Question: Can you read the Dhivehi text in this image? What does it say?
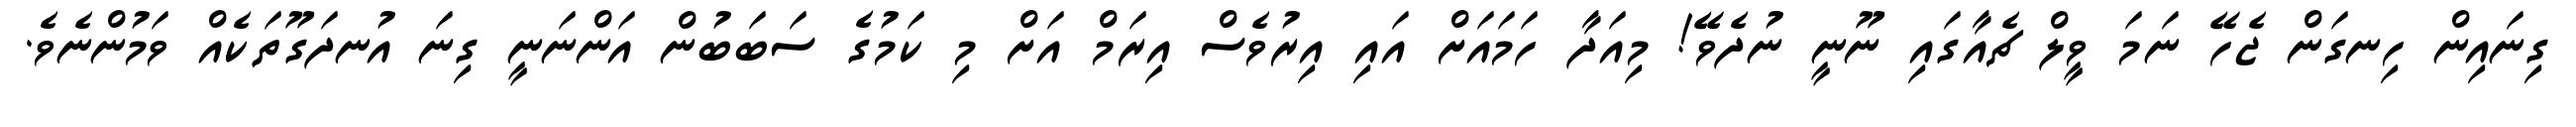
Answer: ގިނައިން ހިނގަން ޖެހޭ ނަމަ ވީލް ޗެއާގައި ނޫނީ ނުދެވޭ! މިއަދާ ހަމައަށް އައި އިރުވެސް އިރަމް އަށް މި ކަމުގެ ސަބަބުން އަންނަނީ ގިނަ އުނދަގޫތަކެއް ވަމުންނެވެ.